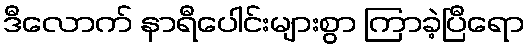
ဒီလောက် နာရီပေါင်းများစွာ ကြာခဲ့ပြီရော